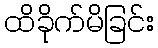
ထိခိုက်မိခြင်း